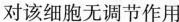
对该细胞无调节作用